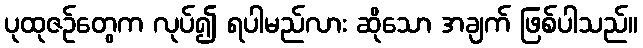
ပုထုဇဉ်တွေက လုပ်၍ ရပါမည်လား ဆိုသော အချက် ဖြစ်ပါသည်။